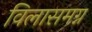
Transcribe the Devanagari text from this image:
विलासमग्न